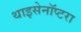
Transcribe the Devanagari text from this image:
थाइसेनॉप्टरा